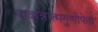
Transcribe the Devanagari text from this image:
सर्वान्नात्मगुणोपेतां